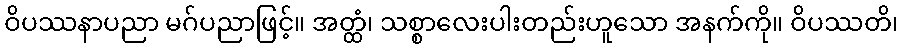
ဝိပဿနာပညာ မဂ်ပညာဖြင့်။ အတ္ထံ၊ သစ္စာလေးပါးတည်းဟူသော အနက်ကို။ ဝိပဿတိ၊